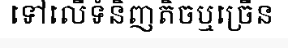
ទៅលើទំនិញតិចឬច្រើន